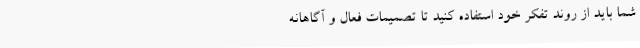
شما باید از روند تفکر خود استفاده کنید تا تصمیمات فعال و آگاهانه